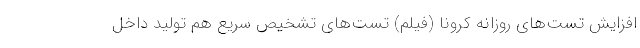
افزایش تست‌های روزانه کرونا (فیلم) تست‌های تشخیص سریع هم تولید داخل